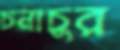
চনাচুর